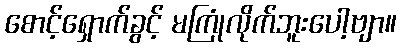
စောင့်ရှောက်ခွင့် မကြုံလိုက်ဘူးပေါ့ဗျာ။